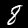
Digit: 8